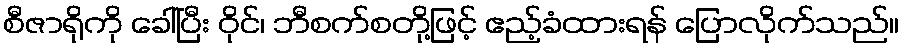
စီဇာရိုကို ခေါ်ပြီး ဝိုင်၊ ဘီစက်စတို့ဖြင့် ဧည့်ခံထားရန် ပြောလိုက်သည်။